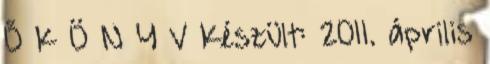
Ő K Ö N Y V Készült: 2011. április